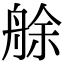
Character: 艅